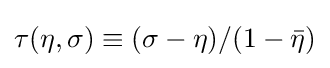
\tau (\eta ,\sigma )\equiv (\sigma -\eta )/(1-{\bar {\eta }})